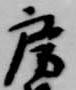
房